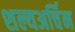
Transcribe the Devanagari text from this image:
शल्यअर्चिन